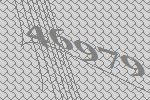
46979